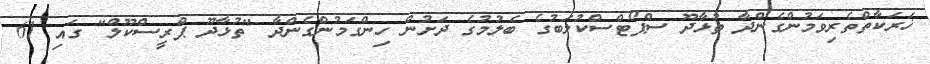
ޚަރަކާތްތެރިވަމުންގެންދާ ތުޅާދޫ ސްޕޯޓްސްކުލަބުގެ ބެލުމުގެ ދަށުން ހިންގަމުންގެންދާ "ތުޅާދޫ ޕްރީސްކޫލް" ގައި 61